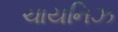
ચાયનિઝ